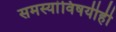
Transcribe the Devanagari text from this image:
समस्यांविषयीही